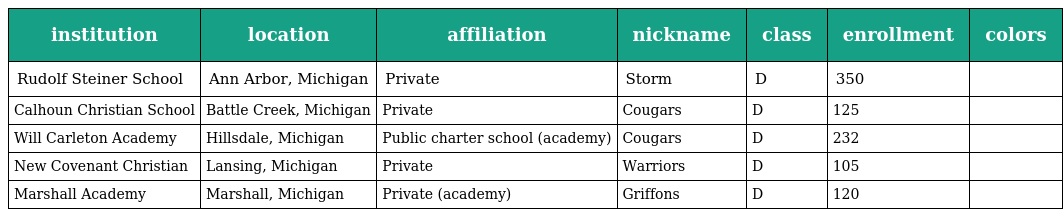
| institution | location | affiliation | nickname | class | enrollment | colors |
 | --- | --- | --- | --- | --- | --- | --- |
 | Rudolf Steiner School | Ann Arbor, Michigan | Private | Storm | D | 350 |  |
 | Calhoun Christian School | Battle Creek, Michigan | Private | Cougars | D | 125 |  |
 | Will Carleton Academy | Hillsdale, Michigan | Public charter school (academy) | Cougars | D | 232 |  |
 | New Covenant Christian | Lansing, Michigan | Private | Warriors | D | 105 |  |
 | Marshall Academy | Marshall, Michigan | Private (academy) | Griffons | D | 120 |  |